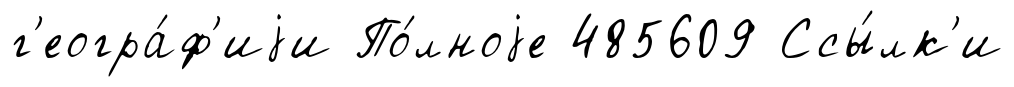
г'еогра́ф'иjи По́лноjе 485609 Ссы́лк'и